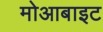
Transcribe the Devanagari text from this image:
मोआबाइट